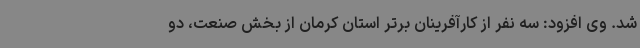
شد. وی افزود: سه نفر از کارآفرینان برتر استان کرمان از بخش صنعت، دو